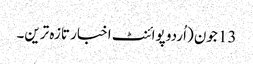
13 جون (اُردو پوائنٹ اخبار تازہ ترین۔